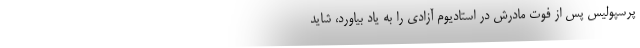
پرسپولیس پس از فوت مادرش در استادیوم آزادی را به یاد بیاورد، شاید